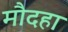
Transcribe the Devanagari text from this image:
मौदहा